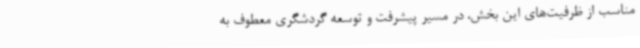
مناسب از ظرفیت‌های این بخش، در مسیر پیشرفت و توسعه گردشگری معطوف به